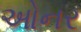
ઓનર